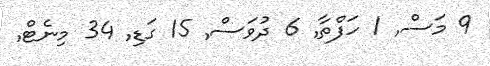
9 މަސް